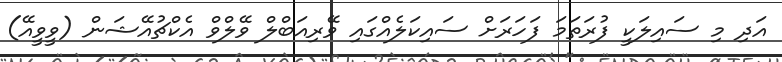
އަދި މި ސައިލަކީ ފުރަތަމަ ފަހަރަށް ސައިކަލެއްގައި ވޭރިއަބްލް ވޭލްވް އެކްޗުއޭޝަން (ވީވީއޭ)